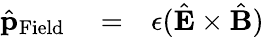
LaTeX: \begin{array}{rlr}{\hat{\mathbf p}_{\mathrm{Field}}}&{{}=}&{\epsilon(\hat{\mathbf E}\times\hat{\mathbf B})}\end{array}